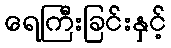
ရေကြီးခြင်းနှင့်